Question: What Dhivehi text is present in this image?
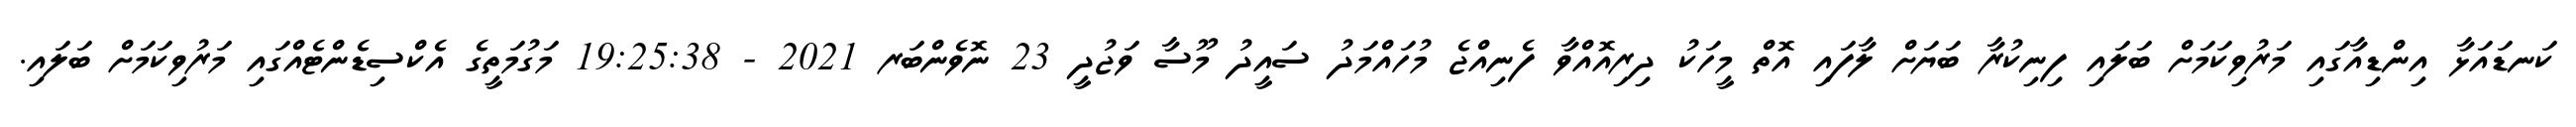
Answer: ކަނޑައަޅާ އިންޑިއާގައި މަރުވިކަމަށް ބަލައި ފިނިކުރާ ބަޔަށް ލާފައި އޮތް މީހަކު ދިރިއޮއްވާ ފެނިއްޖެ މުހައްމަދު ސައީދު މޫސާ ވަޖުދީ 23 ނޮވެންބަރ 2021 - 19:25:38 މަގުމަތީގެ އެކްސިޑެންޓެއްގައި މަރުވިކަމަށް ބަލައި.